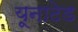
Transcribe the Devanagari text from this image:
यूनाटेड